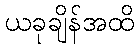
ယခုချိန်အထိ